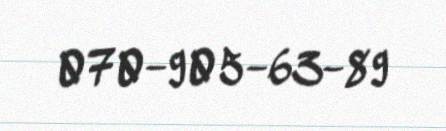
070-905-63-89